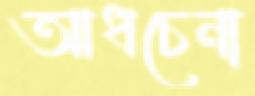
আধচেনা